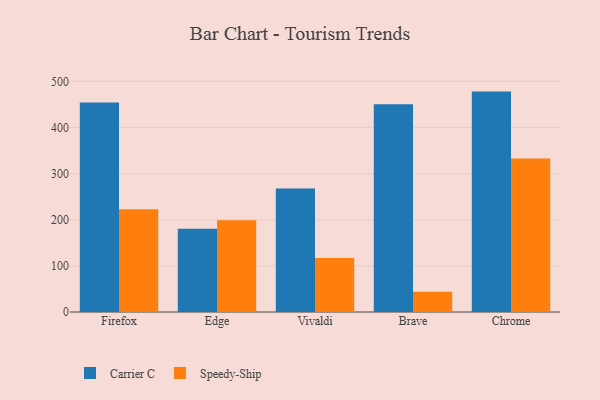
{"axis": {"x": "Browser", "y": "Gross Profit (USD K)"}, "legend": ["Carrier C", "Speedy-Ship"], "data": [{"x": "Firefox", "y": 453.9, "type": "Carrier C"}, {"x": "Firefox", "y": 222.5, "type": "Speedy-Ship"}, {"x": "Edge", "y": 180.7, "type": "Carrier C"}, {"x": "Edge", "y": 198.9, "type": "Speedy-Ship"}, {"x": "Vivaldi", "y": 267.6, "type": "Carrier C"}, {"x": "Vivaldi", "y": 116.9, "type": "Speedy-Ship"}, {"x": "Brave", "y": 450.3, "type": "Carrier C"}, {"x": "Brave", "y": 43.7, "type": "Speedy-Ship"}, {"x": "Chrome", "y": 477.7, "type": "Carrier C"}, {"x": "Chrome", "y": 332.9, "type": "Speedy-Ship"}]}